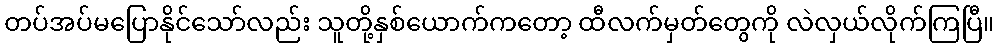
တပ်အပ်မပြောနိုင်သော်လည်း သူတို့နှစ်ယောက်ကတော့ ထီလက်မှတ်တွေကို လဲလှယ်လိုက်ကြပြီ။